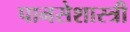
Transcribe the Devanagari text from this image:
पानसेशास्त्री